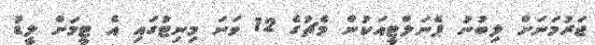
ޖަރުމަނަށް ލިބުނު ޕެނަލްޓީއަކުން މެޗުގެ 12 ވަނަ މިނިޓުގައި އެ ޓީމަށް ލީޑު